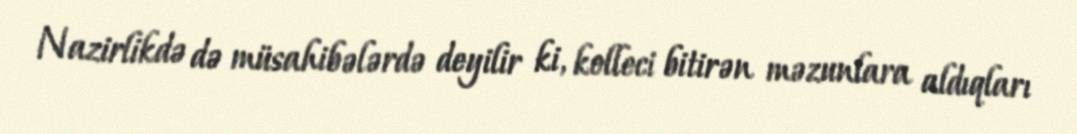
Nazirlikdə də müsahibələrdə deyilir ki, kolleci bitirən məzunlara aldıqları